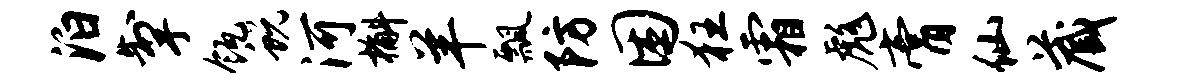
泊掣瓴蜕河槲羊瓢防困狂霜彪膏仙藏